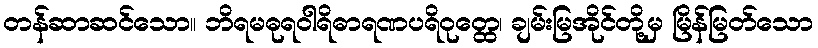
တန်ဆာဆင်သော။ ဘိရမဓုရဝါရိဓာရဏပရိဝုတ္ထေ၊ ချမ်းမြအိုင်တို့မှ မြိန်မြတ်သော